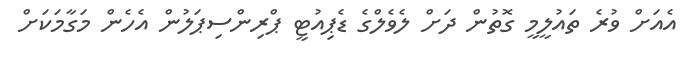
އެއަށް ވުރެ ތައުލީމީ ގޮތުން ދަށް ލެވެލްގެ ޑެޕިއުޓީ ޕްރިންސިޕަލުން އެހެން މަގާމަކަށް